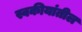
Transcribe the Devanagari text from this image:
स्वकीयांतील